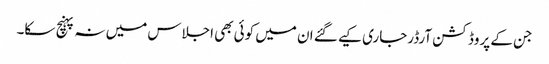
جن کے پروڈکشن آرڈرجاری کیے گئے ان میں کوئی بھی اجلاس میں نہ پہنچ سکا۔